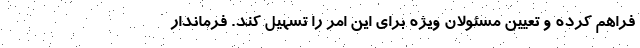
فراهم کرده و تعیین مسئولان ویژه برای این امر را تسهیل کند. فرماندار